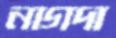
নাগদা